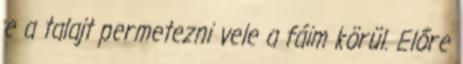
e a talajt permetezni vele a fáim körül. Előre